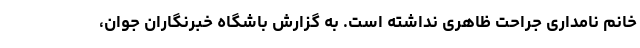
خانم نامداری جراحت ظاهری نداشته است. به گزارش باشگاه خبرنگاران جوان،